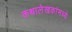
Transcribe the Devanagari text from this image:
कथालेखकांमध्ये